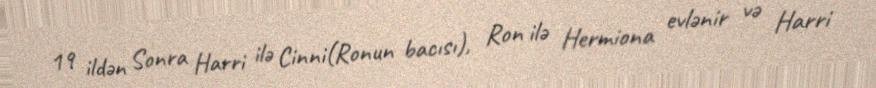
19 ildən Sonra Harri ilə Cinni(Ronun bacısı), Ron ilə Hermiona evlənir və Harri